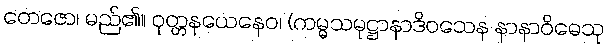
တေဇော၊ မည်၏။ ဝုတ္တနယေနေဝ၊ (ကမ္မသမုဋ္ဌာနာဒိဝသေန နာနာဝိဓေသု